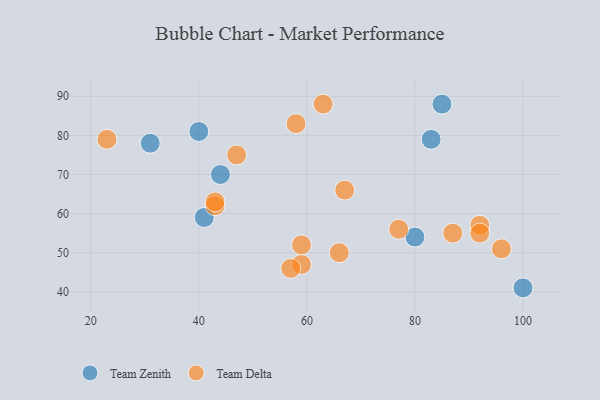
{"axis": {"x": "GDP", "y": "Life Expectancy"}, "legend": ["Team Delta", "Team Zenith"], "data": [{"x": "44", "y": 70, "type": "Team Zenith"}, {"x": "31", "y": 78, "type": "Team Zenith"}, {"x": "80", "y": 54, "type": "Team Zenith"}, {"x": "40", "y": 81, "type": "Team Zenith"}, {"x": "41", "y": 59, "type": "Team Zenith"}, {"x": "85", "y": 88, "type": "Team Zenith"}, {"x": "83", "y": 79, "type": "Team Zenith"}, {"x": "100", "y": 41, "type": "Team Zenith"}, {"x": "96", "y": 51, "type": "Team Delta"}, {"x": "47", "y": 75, "type": "Team Delta"}, {"x": "59", "y": 47, "type": "Team Delta"}, {"x": "92", "y": 57, "type": "Team Delta"}, {"x": "77", "y": 56, "type": "Team Delta"}, {"x": "23", "y": 79, "type": "Team Delta"}, {"x": "63", "y": 88, "type": "Team Delta"}, {"x": "92", "y": 55, "type": "Team Delta"}, {"x": "66", "y": 50, "type": "Team Delta"}, {"x": "43", "y": 62, "type": "Team Delta"}, {"x": "87", "y": 55, "type": "Team Delta"}, {"x": "57", "y": 46, "type": "Team Delta"}, {"x": "43", "y": 63, "type": "Team Delta"}, {"x": "67", "y": 66, "type": "Team Delta"}, {"x": "58", "y": 83, "type": "Team Delta"}, {"x": "59", "y": 52, "type": "Team Delta"}]}